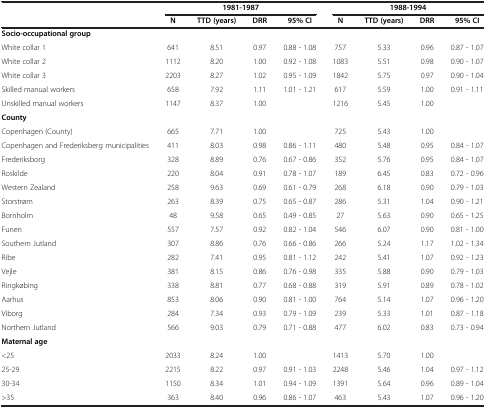
<table><thead><tr><td rowspan="2"><b> </b></td><td colspan="4"><b>1981-1987</b></td><td colspan="4"><b>1988-1994</b></td></tr><tr><td><b>N</b></td><td><b>TTD (years)</b></td><td><b>DRR</b></td><td><b>95% CI</b></td><td><b>N</b></td><td><b>TTD (years)</b></td><td><b>DRR</b></td><td><b>95% CI</b></td></tr></thead><tbody><tr><td><b>Socio-occupational group</b></td><td> </td><td> </td><td> </td><td> </td><td> </td><td> </td><td> </td><td> </td></tr><tr><td>White collar 1</td><td>641</td><td>8.51</td><td>0.97</td><td>0.88 - 1.08</td><td>757</td><td>5.33</td><td>0.96</td><td>0.87 - 1.07</td></tr><tr><td>White collar 2</td><td>1112</td><td>8.20</td><td>1.00</td><td>0.92 - 1.08</td><td>1083</td><td>5.51</td><td>0.98</td><td>0.90 - 1.07</td></tr><tr><td>White collar 3</td><td>2203</td><td>8.27</td><td>1.02</td><td>0.95 - 1.09</td><td>1842</td><td>5.75</td><td>0.97</td><td>0.90 - 1.04</td></tr><tr><td>Skilled manual workers</td><td>658</td><td>7.92</td><td>1.11</td><td>1.01 - 1.21</td><td>617</td><td>5.59</td><td>1.00</td><td>0.91 - 1.11</td></tr><tr><td>Unskilled manual workers</td><td>1147</td><td>8.37</td><td>1.00</td><td> </td><td>1216</td><td>5.45</td><td>1.00</td><td> </td></tr><tr><td><b>County</b></td><td> </td><td> </td><td> </td><td> </td><td> </td><td> </td><td> </td><td> </td></tr><tr><td>Copenhagen (County)</td><td>665</td><td>7.71</td><td>1.00</td><td> </td><td>725</td><td>5.43</td><td>1.00</td><td> </td></tr><tr><td>Copenhagen and Frederiksberg municipalities</td><td>411</td><td>8.03</td><td>0.98</td><td>0.86 - 1.11</td><td>480</td><td>5.48</td><td>0.95</td><td>0.84 - 1.07</td></tr><tr><td>Frederiksborg</td><td>328</td><td>8.89</td><td>0.76</td><td>0.67 - 0.86</td><td>352</td><td>5.76</td><td>0.95</td><td>0.84 - 1.07</td></tr><tr><td>Roskilde</td><td>220</td><td>8.04</td><td>0.91</td><td>0.78 - 1.07</td><td>189</td><td>6.45</td><td>0.83</td><td>0.72 - 0.96</td></tr><tr><td>Western Zealand</td><td>258</td><td>9.63</td><td>0.69</td><td>0.61 - 0.79</td><td>268</td><td>6.18</td><td>0.90</td><td>0.79 - 1.03</td></tr><tr><td>Storstrøm</td><td>263</td><td>8.39</td><td>0.75</td><td>0.65 - 0.87</td><td>286</td><td>5.31</td><td>1.04</td><td>0.90 - 1.21</td></tr><tr><td>Bornholm</td><td>48</td><td>9.58</td><td>0.65</td><td>0.49 - 0.85</td><td>27</td><td>5.63</td><td>0.90</td><td>0.65 - 1.25</td></tr><tr><td>Funen</td><td>557</td><td>7.57</td><td>0.92</td><td>0.82 - 1.04</td><td>546</td><td>6.07</td><td>0.90</td><td>0.81 - 1.00</td></tr><tr><td>Southern Jutland</td><td>307</td><td>8.86</td><td>0.76</td><td>0.66 - 0.86</td><td>266</td><td>5.24</td><td>1.17</td><td>1.02 - 1.34</td></tr><tr><td>Ribe</td><td>282</td><td>7.41</td><td>0.95</td><td>0.81 - 1.12</td><td>242</td><td>5.41</td><td>1.07</td><td>0.92 - 1.23</td></tr><tr><td>Vejle</td><td>381</td><td>8.15</td><td>0.86</td><td>0.76 - 0.98</td><td>335</td><td>5.88</td><td>0.90</td><td>0.79 - 1.03</td></tr><tr><td>Ringkøbing</td><td>338</td><td>8.81</td><td>0.77</td><td>0.68 - 0.88</td><td>319</td><td>5.91</td><td>0.89</td><td>0.78 - 1.02</td></tr><tr><td>Aarhus</td><td>853</td><td>8.06</td><td>0.90</td><td>0.81 - 1.00</td><td>764</td><td>5.14</td><td>1.07</td><td>0.96 - 1.20</td></tr><tr><td>Viborg</td><td>284</td><td>7.34</td><td>0.93</td><td>0.79 - 1.09</td><td>239</td><td>5.33</td><td>1.01</td><td>0.87 - 1.18</td></tr><tr><td>Northern Jutland</td><td>566</td><td>9.03</td><td>0.79</td><td>0.71 - 0.88</td><td>477</td><td>6.02</td><td>0.83</td><td>0.73 - 0.94</td></tr><tr><td><b>Maternal age</b></td><td> </td><td> </td><td> </td><td> </td><td> </td><td> </td><td> </td><td> </td></tr><tr><td>&lt;25</td><td>2033</td><td>8.24</td><td>1.00</td><td> </td><td>1413</td><td>5.70</td><td>1.00</td><td> </td></tr><tr><td>25-29</td><td>2215</td><td>8.22</td><td>0.97</td><td>0.91 - 1.03</td><td>2248</td><td>5.46</td><td>1.04</td><td>0.97 - 1.12</td></tr><tr><td>30-34</td><td>1150</td><td>8.34</td><td>1.01</td><td>0.94 - 1.09</td><td>1391</td><td>5.64</td><td>0.96</td><td>0.89 - 1.04</td></tr><tr><td>&gt;35</td><td>363</td><td>8.40</td><td>0.96</td><td>0.86 - 1.07</td><td>463</td><td>5.43</td><td>1.07</td><td>0.96 - 1.20</td></tr></tbody></table>